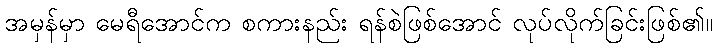
အမှန်မှာ မေရီအောင်က စကားနည်း ရန်စဲဖြစ်အောင် လုပ်လိုက်ခြင်းဖြစ်၏။